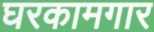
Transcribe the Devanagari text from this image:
घरकामगार